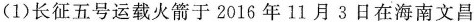
(1)长征五号运载火箭于2016年11月3日在海南文昌